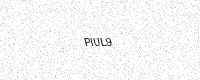
Text: PIUL9